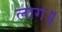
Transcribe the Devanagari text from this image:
लाग॥